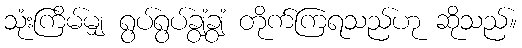
သုံးကြိမ်မျှ ရွပ်ရွပ်ချွံချွံ တိုက်ကြရသည်ဟု ဆိုသည်။